Annual administration report of the Civil Veterinary Department of India - 1907-1908
Year: 1907
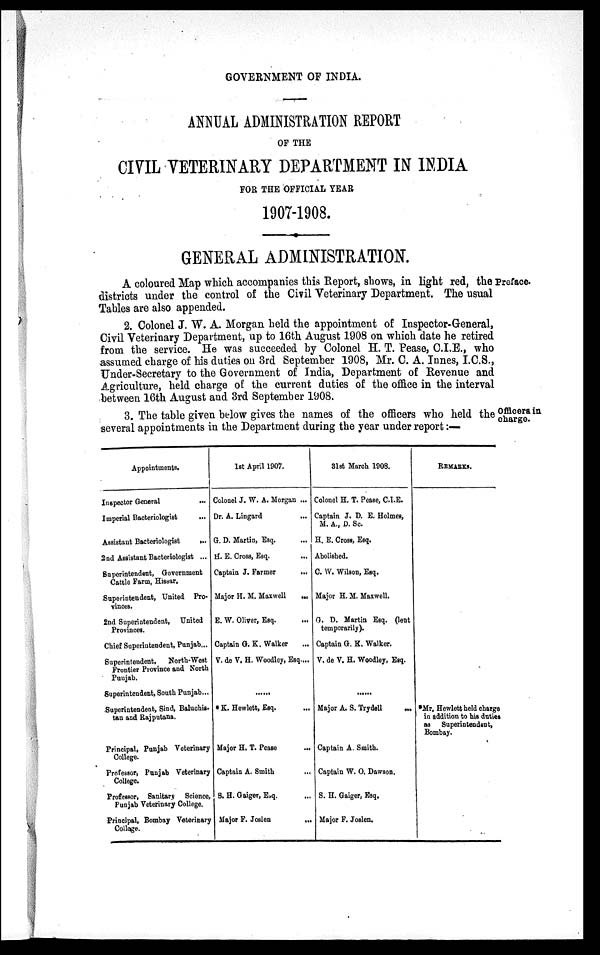
GOVERNMENT OF INDIA.
ANNUAL ADMINISTRATION REPORT
OF THE
CIVIL VETERINARY DEPARTMENT IN INDIA
FOR THE OFFICIAL YEAR
1907-1908.
GENERAL ADMINISTRATION.
Preface.
A coloured Map which accompanies this Report, shows, in light red, the
districts under the control of the Civil Veterinary Department. The usual
Tables are also appended.
2. Colonel J. W. A. Morgan held the appointment of Inspector-General,
Civil Veterinary Department, up to 16th August 1908 on which date he retired
from the service. He was succeeded by Colonel H. T. Pease, C.I.E., who
assumed charge of his duties on 3rd September 1908, Mr. C. A. Innes, I.C.S.,
Under-Secretary to the Government of India, Department of Revenue and
Agriculture, held charge of the current duties of the office in the interval
between 16th August and 3rd September 1908.
Officers in
charge.
3. The table given below gives the names of the officers who held the
several appointments in the Department during the year under report:—
Appointments.
Inspector General ...
Imperial Bacteriologist ...
Assistant Bacteriologist
...
2nd Assistant Bacteriologist ...
Superintendent, Government
Cattle Farm, Hissar.
Superintendent, United Pro-
vinces.
2nd Superintendent, United
Provinces.
Chief Superintendent, Punjab...
Superintendent,
North-West
Frontier Province and North
Punjab.
Superintendent, South Punjab...
Superintendent, Sind, Baluchis¬
tan and Rajputana.
Principal, Punjab Veterinary
College.
Professor, Punjab Veterinary
College.
Professor, Sanitary Science,
Punjab Veterinary College.
Principal, Bombay Veterinary
College.
1st April 1907.
Colonel J. W. A. Morgan ...
Dr. A. Lingard ...
G. D. Martin, Esq. ...
H. E. Cross, Esq. ...
Captain J. Farmer ...
Major H. M. Maxwell
...
E. W. Oliver, Esq. ...
Captain G. K. Walker ...
V. de V. H. Woodley, Esq....
......
* K. Hewlett, Esq. ...
Major H. T. Pease ...
Captain A. Smith ...
S. H. Gaiger, Esq. ...
Major F. Joslen
...
31st March 1908.
Colonel H. T. Pease, C.I.E.
Captain J. D. E. Holmes,
M. A., D. Sc.
H. E. Cross, Esq.
Abolished.
C. W. Wilson, Esq.
Major H. M. Maxwell.
G. D. Martin Esq. (lent
temporarily).
Captain G. K. Walker.
V. de V. H. Woodley, Esq.
......
Major A. S. Trydell
...
Captain A. Smith.
Captain W. O. Dawson.
S. H. Gaiger, Esq.
Major F. Joslen.
REMARKS.
*Mr. Hewlett held charge
in addition to his duties
as
Superintendent,
Bombay.